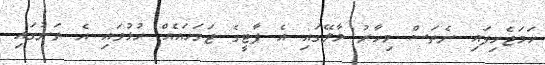
ހަމަޖެހިފައި ނެތަސް މިހާރު މާލޭގައި އެ ޕާޓީގެ ޖަގަހައެއް ހުޅުވައި އެ ތަނުގައި